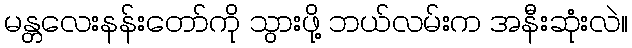
မန္တလေးနန်းတော်ကို သွားဖို့ ဘယ်လမ်းက အနီးဆုံးလဲ။